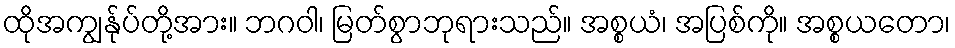
ထိုအကျွန်ုပ်တို့အား။ ဘဂဝါ၊ မြတ်စွာဘုရားသည်။ အစ္စယံ၊ အပြစ်ကို။ အစ္စယတော၊